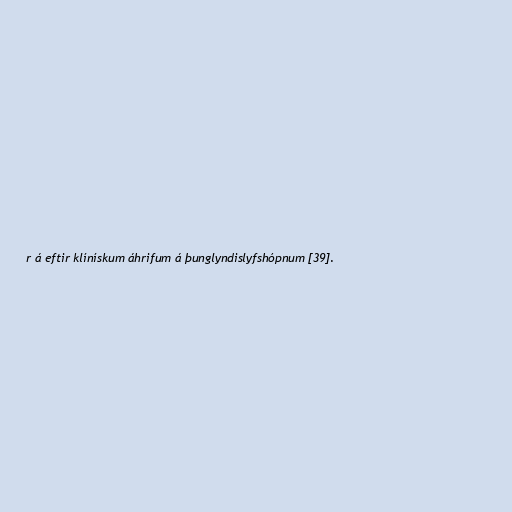
r á eftir klínískum áhrifum á þunglyndislyfshópnum [39].